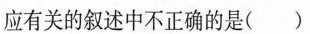
应有关的叙述中不正确的是 ( )